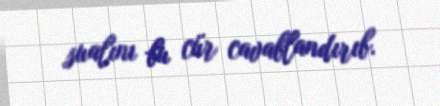
sualını bu cür cavablandırıb.